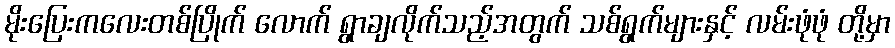
မိုးပြေးကလေးတစ်ပြိုက် လောက် ရွာချလိုက်သည့်အတွက် သစ်ရွက်များနှင့် လမ်းဖုံဖုံ တို့မှာ